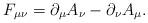
LaTeX: \begin{align*}F_{\mu\nu}=\partial_\mu A_\nu-\partial_\nu A_\mu.\end{align*}